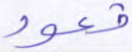
قعود